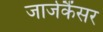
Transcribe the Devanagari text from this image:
जार्जकैंसर